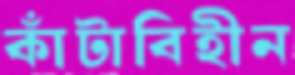
কাঁটাবিহীন